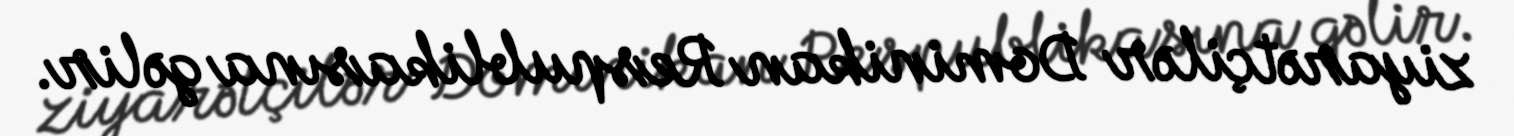
ziyarətçilər Dominikan Respublikasına gəlir.